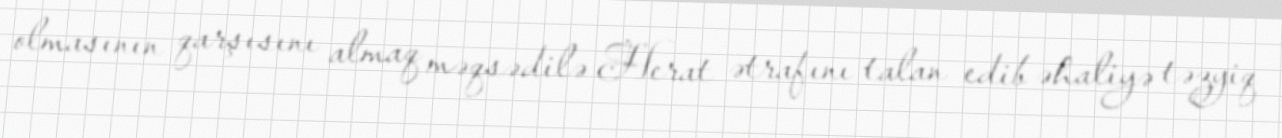
olmasının qarşısını almaq məqsədilə Herat ətrafını talan edib əhaliyə təzyiq